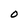
Character: O